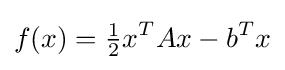
f(x)={\tfrac {1}{2}}x^{T}Ax-b^{T}x